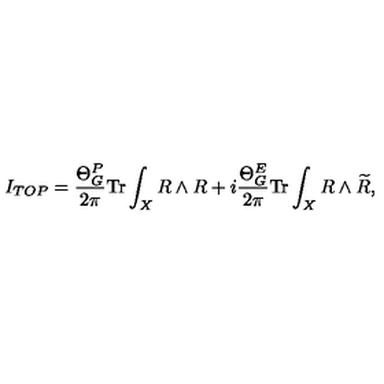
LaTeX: I _ { T O P } = \frac { \Theta _ { G } ^ { P } } { 2 \pi } \mathrm { T r } \int _ { X } R \wedge R + i \frac { \Theta _ { G } ^ { E } } { 2 \pi } \mathrm { T r } \int _ { X } R \wedge \widetilde { R } ,